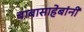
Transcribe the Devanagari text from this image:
बाबासाहेबांनीं